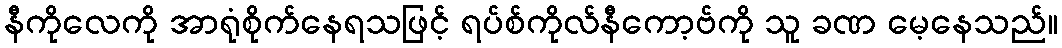
နီကိုလေကို အာရုံစိုက်နေရသဖြင့် ရပ်စ်ကိုလ်နီကော့ဗ်ကို သူ ခဏ မေ့နေသည်။